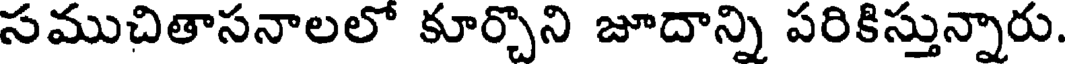
సముచితాసనాలలో కూర్చొని జూదాన్ని పరికిస్తున్నారు.